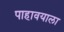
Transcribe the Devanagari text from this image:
पाहावयाला